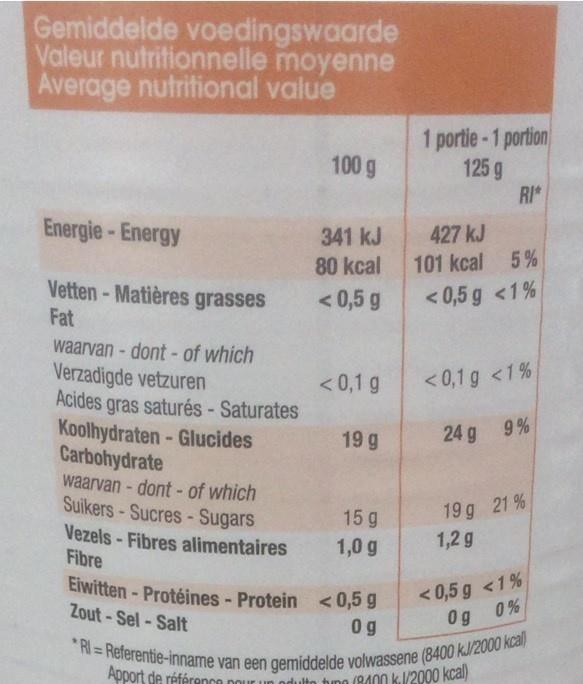
Gemiddelde voedingswaarde Valeur nutritionnelle moyenne Average nutritional value
1 portie-1 portion 125 g
100 g
RI*
Energie-Energy
341 kJ
427 kJ
80 kcal
101 kcal 5%
Vetten-Matières grasses Fat
< 0,5 g
< 0,5 g <1%
waarvan - dont - of which Verzadigde vetzuren Acides gras saturés - Saturates Koolhydraten-Glucides Carbohydrate waarvan - dont - of which Suikers-Sucres- Sugars Vezels - Fibres alimentaires Fibre
< 0,1 g
< 0,1 g <1%
19 g
24 g 9%
19 g 21 % 1,2 g
15 g
1,0 g
Eiwitten - Protéines - Protein <0,5 9 Zout-Sel-Salt
<0,5 g <1% Og 0%
0g
*RI = Referentie-inname van een gemiddelde volwassene (8400 kJ/2000 kcal)
Apport de référenca ou
dulto tino (8400 k./2000 kcal)